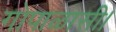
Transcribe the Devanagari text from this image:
गोपाळासी।